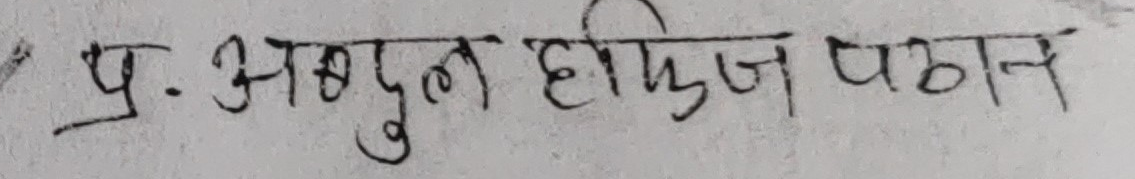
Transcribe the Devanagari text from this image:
प्र. अब्दुल हाफिज पठान